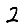
Digit: 2